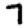
Digit: 7